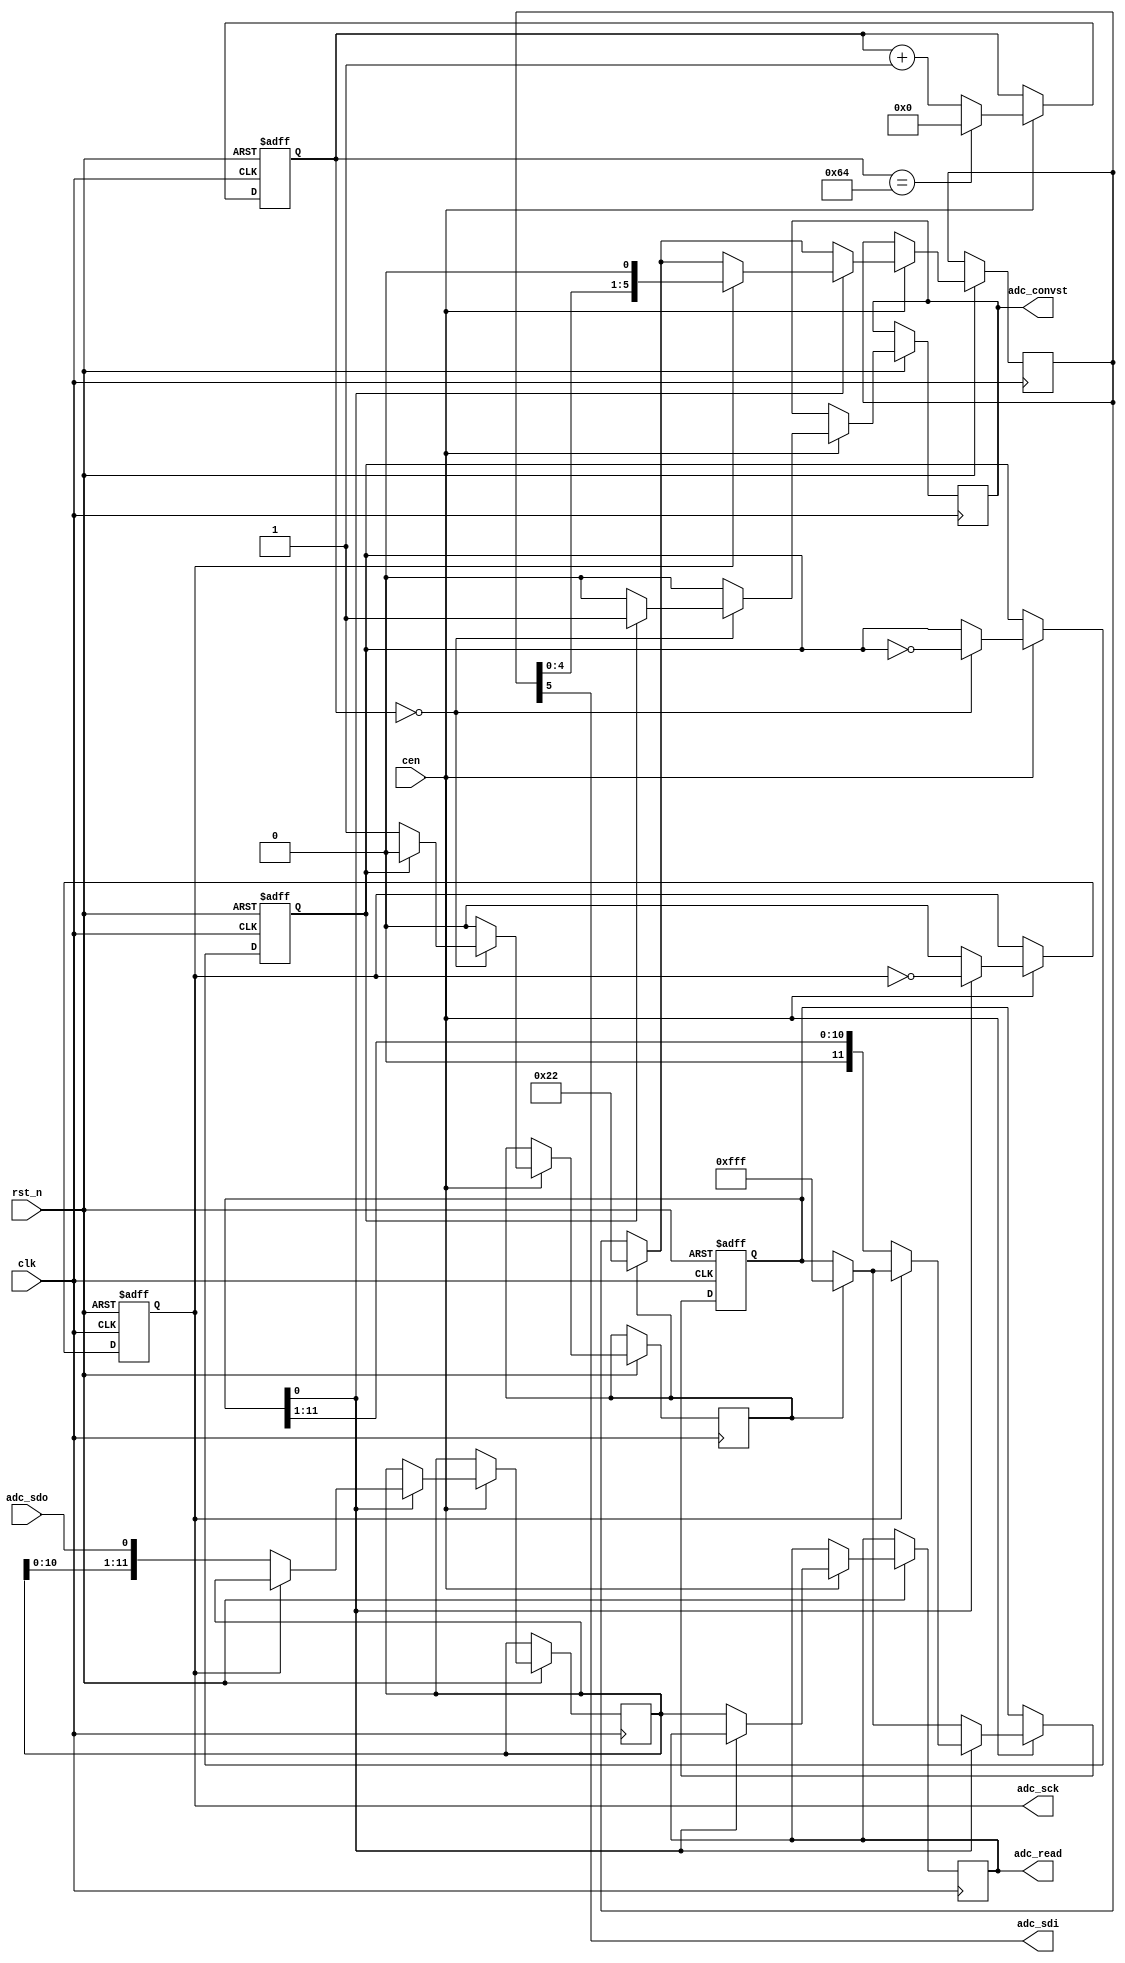
/*
  
   Multicore 2 / Multicore 2+
  
   Copyright (c) 2017-2020 - Victor Trucco

  
   All rights reserved
  
   Redistribution and use in source and synthezised forms, with or without
   modification, are permitted provided that the following conditions are met:
  
   Redistributions of source code must retain the above copyright notice,
   this list of conditions and the following disclaimer.
  
   Redistributions in synthesized form must reproduce the above copyright
   notice, this list of conditions and the following disclaimer in the
   documentation and/or other materials provided with the distribution.
  
   Neither the name of the author nor the names of other contributors may
   be used to endorse or promote products derived from this software without
   specific prior written permission.
  
   THIS CODE IS PROVIDED BY THE COPYRIGHT HOLDERS AND CONTRIBUTORS "AS IS"
   AND ANY EXPRESS OR IMPLIED WARRANTIES, INCLUDING, BUT NOT LIMITED TO,
   THE IMPLIED WARRANTIES OF MERCHANTABILITY AND FITNESS FOR A PARTICULAR
   PURPOSE ARE DISCLAIMED. IN NO EVENT SHALL THE AUTHOR OR CONTRIBUTORS BE
   LIABLE FOR ANY DIRECT, INDIRECT, INCIDENTAL, SPECIAL, EXEMPLARY, OR
   CONSEQUENTIAL DAMAGES (INCLUDING, BUT NOT LIMITED TO, PROCUREMENT OF
   SUBSTITUTE GOODS OR SERVICES; LOSS OF USE, DATA, OR PROFITS; OR BUSINESS
   INTERRUPTION) HOWEVER CAUSED AND ON ANY THEORY OF LIABILITY, WHETHER IN
   CONTRACT, STRICT LIABILITY, OR TORT (INCLUDING NEGLIGENCE OR OTHERWISE)
   ARISING IN ANY WAY OUT OF THE USE OF THIS SOFTWARE, EVEN IF ADVISED OF THE
   POSSIBILITY OF SUCH DAMAGE.
  
   You are responsible for any legal issues arising from your use of this code.
  
*//*  This file is part of JTFRAME.
    JTFRAME program is free software: you can redistribute it and/or modify
    it under the terms of the GNU General Public License as published by
    the Free Software Foundation, either version 3 of the License, or
    (at your option) any later version.

    JTFRAME program is distributed in the hope that it will be useful,
    but WITHOUT ANY WARRANTY; without even the implied warranty of
    MERCHANTABILITY or FITNESS FOR A PARTICULAR PURPOSE.  See the
    GNU General Public License for more details.

    You should have received a copy of the GNU General Public License
    along with JTFRAME.  If not, see <http://www.gnu.org/licenses/>.

    Author: Jose Tejada Gomez. Twitter: @topapate
    Version: 1.0
    Date: 2-4-2019 */

// Driver for LTC2308 ADC

module jtframe_2308(
    input             rst_n,
    input             clk,
    input             cen,        // CEN+CLK < 40MHz
    // ADC control
    input             adc_sdo,
    output reg        adc_convst,
    output reg        adc_sck,
    output            adc_sdi,
    // ADC read data
    output reg [11:0] adc_read
);

parameter ADC_PIN  = 2'b00;
parameter DIV_MAX  = 8'd100;  // frequency divider to get sampling rate

wire [1:0] adc_pin = ADC_PIN;
wire [7:0] div_max = DIV_MAX;

wire [5:0] cfg = { 
    1'b1,   // single ended
    1'b0,   // odd
    adc_pin,
    1'b1,   // unipolar
    1'b0    // sleep
};

// Input frequency divider
reg [7:0] div;

always @(posedge clk or negedge rst_n)
    if(!rst_n) begin
        div <= 8'd0;
    end else if(cen) begin
        div <= div == div_max ? 8'd0 : div+8'd1;
    end

// state machine
// 0 = send CFG
// 1 = read value
reg state;
reg set_cfg;

always @(posedge clk or negedge rst_n)
    if(!rst_n) begin
        state <= 1'b0;
    end else if(cen) begin
        set_cfg  <= 1'b0;
        adc_convst <= 1'b0;

        if( div==8'd0 ) begin
            state <= ~state;
            if( state==1'b0 )
                set_cfg <= 1'b1;
            else
                adc_convst <= 1'b1;
        end        
    end

// Send data
reg  [11:0] scnt, readbuf;
reg  [ 5:0] cfg_sr;

assign adc_sdi = cfg_sr[5];

always @(posedge clk or negedge rst_n)
    if(!rst_n) begin
        scnt    <= 'b0;
        adc_sck <= 1'b0;
    end else if(cen) begin
        if( set_cfg ) begin
            scnt  <= ~12'd0;
            cfg_sr <= cfg;
        end
        if( scnt[0] ) begin
            adc_sck <= ~adc_sck;
            // if(toggle) scnt    <= { 1'b0, scnt[11:1] };
            if(  adc_sck ) { cfg_sr } <= { cfg_sr[4:0], 1'b0 };
            if( !adc_sck ) begin
                readbuf <= { readbuf[10:0], adc_sdo };
                scnt    <= { 1'b0, scnt[11:1] };
            end
        end
        else begin
            adc_read <= readbuf;
            adc_sck  <= 1'b0;
        end
    end

endmodule // jtframe_2308